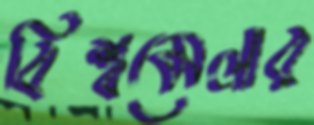
বিশ্বমেলার